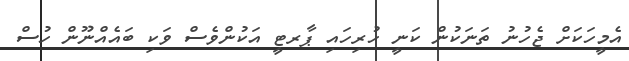
އެމީހަކަށް ޖެހުނު ތަނަކުން ކަނީ ހުރިހައި ޕާރޓީ އަކުންވެސް ވަކި ބައެއްނޫން ހުސް